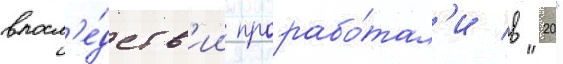
впосл'е́дств'ии прорабо́тал'и в "20"